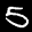
Label: 5